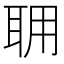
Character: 𦕘